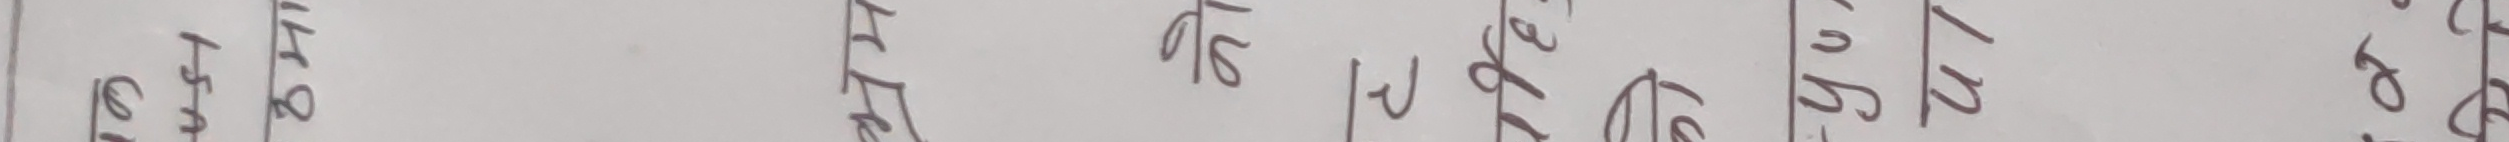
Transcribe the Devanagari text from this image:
हो इदि तिम्रो हास तोले के गरि सक छ ?